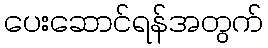
ပေးဆောင်ရန်အတွက်